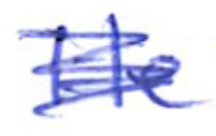
Text: He
Cross-out: scratch
Writing tool: ballpoint